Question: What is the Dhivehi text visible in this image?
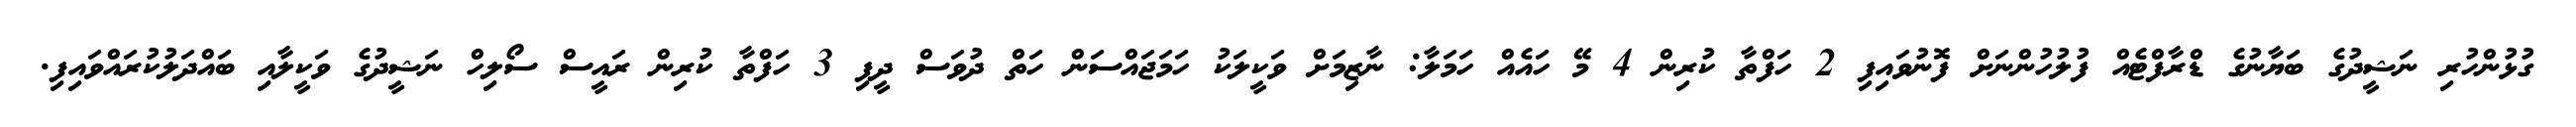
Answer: ގުޅުންހުރި ނަޝީދުގެ ބަޔާނުގެ ޑްރާފްޓެއް ފުލުހުންނަށް ފޮނުވައިފި 2 ހަފްތާ ކުރިން 4 މޭ ހައެއް ހަމަލާ: ނާޒިމަށް ވަކީލަކު ހަމަޖައްސަން ހަތް ދުވަސް ދީފި 3 ހަފްތާ ކުރިން ރައީސް ސޯލިހް ނަޝީދުގެ ވަކީލާއި ބައްދަލުކުރައްވައިފި.